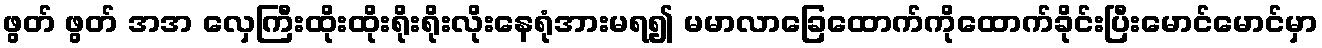
ဖွတ် ဖွတ် အအ လှေကြီးထိုးထိုးရိုးရိုးလိုးနေရုံအားမရ၍ မမာလာခြေထောက်ကိုထောက်ခိုင်းပြီးမောင်မောင်မှာ